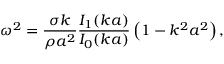
\omega ^ { 2 } = { \frac { \sigma k } { \rho a ^ { 2 } } } { \frac { I _ { 1 } ( k a ) } { I _ { 0 } ( k a ) } } \left( 1 - k ^ { 2 } a ^ { 2 } \right) ,